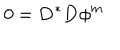
0 = \mathbf { D } ^ { \ast } \mathbf { D } \phi ^ { m }